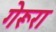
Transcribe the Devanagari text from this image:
गेरूरा